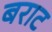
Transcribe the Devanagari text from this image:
बराट